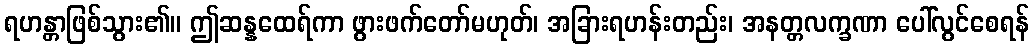
ရဟန္တာဖြစ်သွား၏။ ဤဆန္နထေရ်ကာ ဖွားဖက်တော်မဟုတ်၊ အခြားရဟန်းတည်း၊ အနတ္တလက္ခဏာ ပေါ်လွင်စေရန်